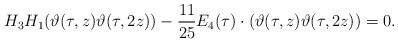
\begin{align*}H_3H_1(\vartheta(\tau,z)\vartheta(\tau,2z))-\frac{11}{25}E_4(\tau)\cdot(\vartheta(\tau,z)\vartheta(\tau,2z))=0.\end{align*}